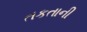
તકતાની